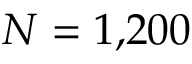
N = 1 { , } 2 0 0